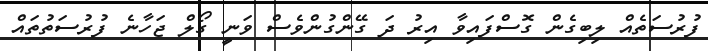
ފުރުސަތެއް ލިބިގެން ގޮސްފައިވާ އިރު ދަ ގޭންގުންވެސް ވަނީ ގޯލް ޖަހާނެ ފުރުސަތުތައް